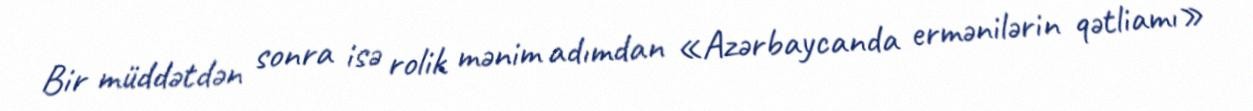
Bir müddətdən sonra isə rolik mənim adımdan «Azərbaycanda ermənilərin qətliamı»